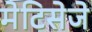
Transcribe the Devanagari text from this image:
मेटिसेजे